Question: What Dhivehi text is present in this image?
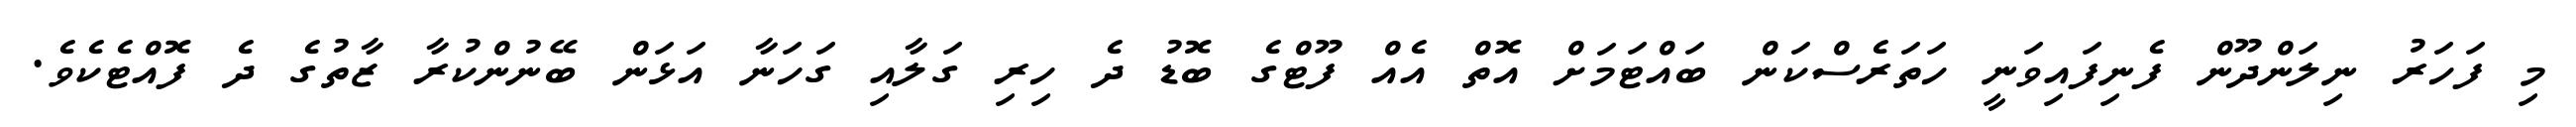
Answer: މި ފަހަރު ނިލަންދޫން ފެނިފައިވަނީ ހަތަރެސްކަން ބައްޓަމަށް އޮތް އެއް ފޫޓްގެ ބޮޑު ދެ ހިރި ގަލާއި ގަހަނާ އަޅަން ބޭނުންކުރާ ޒާތުގެ ދެ ފޮއްޓެކެވެ.